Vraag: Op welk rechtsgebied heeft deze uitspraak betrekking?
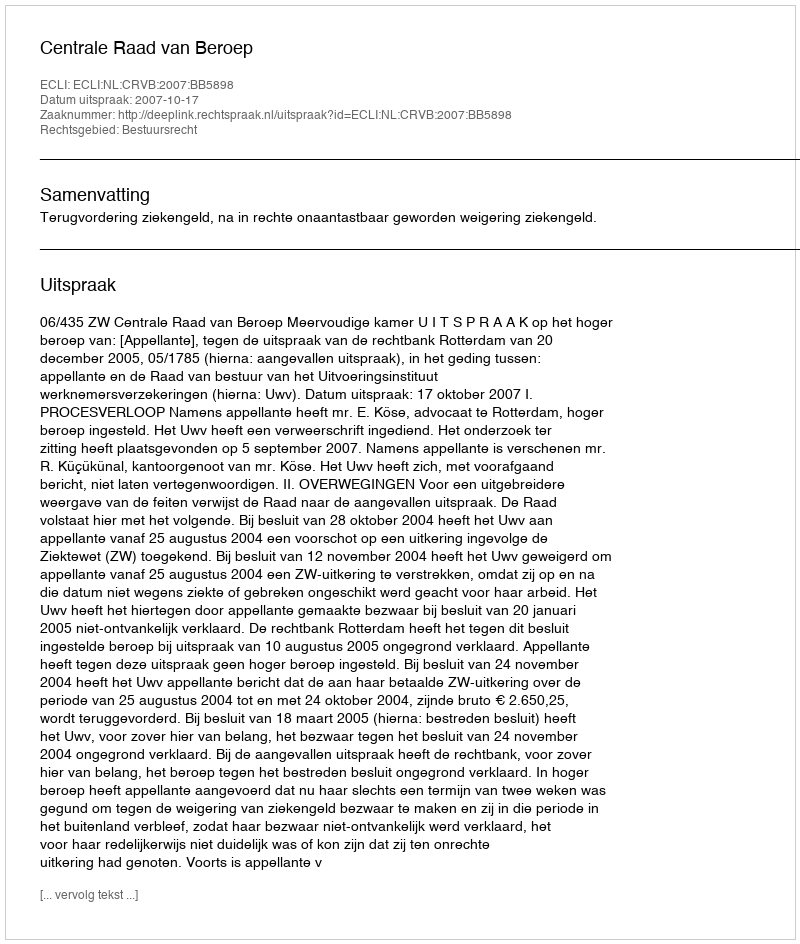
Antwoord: Bestuursrecht